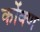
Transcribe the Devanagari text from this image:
कोंक्ण